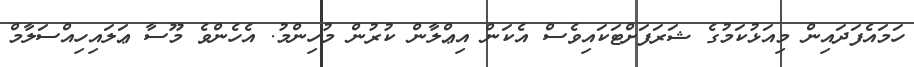
ހަމައެފަދައިން މިއަޅުކަމުގެ ޝަރަފަށްޓަކައިވެސް އެކަން އިޢްލާން ކުރުން މުހިންމު. އެހެންވެ މޫސާ ޢަލައިހިއްސަލާމް